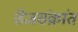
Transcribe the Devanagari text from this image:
तेजसंक्रांत